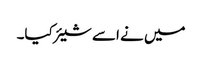
میں نے اسے شیئر کیا۔